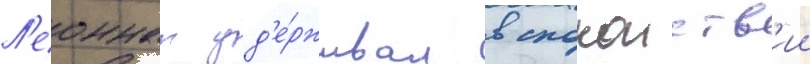
Л'еоннат уд'е́рживал в спокоиств'ии